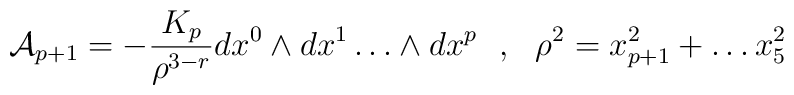
{\cal{A}}_{p+1} = - \frac{K_p}{\rho^{3-r}}  dx^0 \wedge dx^1 \dots\wedge dx^p~~,~~ \rho^2 = x_{p+1}^{2} + \dots x_{5}^{2}